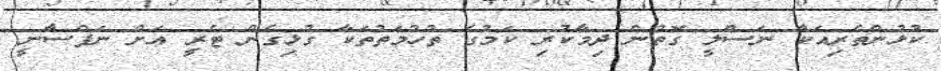
ކުޅުންތެރިއަކާ ނަސްލީ ގޮތުން ދިމާކުރި ކަމުގެ ތުހުމަތުތަކާ ގުޅިގެން ޓެރީ އަށް ނަފްސާނީ